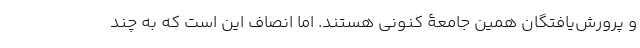
و پرورش‌یافتگان همین جامعۀ کنونی هستند. اما انصاف این است که به چند